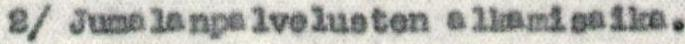
2/ Jumalanpalvelusten alkamisaika.